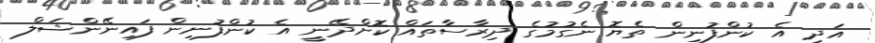
އަދި އެ ކުންފުނިން ތެޔޮ ނެގުމުގެ ދިރާސާތައް ކޮށްދޭނީ އެ ކުންފުނިން ފައިނޭންޝަލް